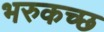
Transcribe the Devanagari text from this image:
भरुकच्छ